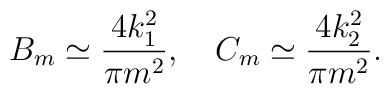
B_m\simeq\frac{4k^2_1}{\pi m^2}, \ \ \ C_m\simeq\frac{4k^2_2}{\pi m^2}.